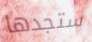
ستجدها